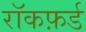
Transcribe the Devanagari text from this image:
रॉकफ़र्ड